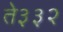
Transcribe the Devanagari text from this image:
ते३३२